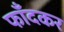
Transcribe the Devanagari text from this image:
फाँदकर